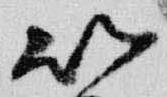
以